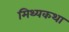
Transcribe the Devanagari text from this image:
मिथ्यकथा